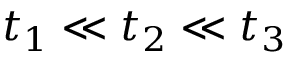
t _ { 1 } \ll t _ { 2 } \ll t _ { 3 }